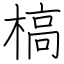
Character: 槁